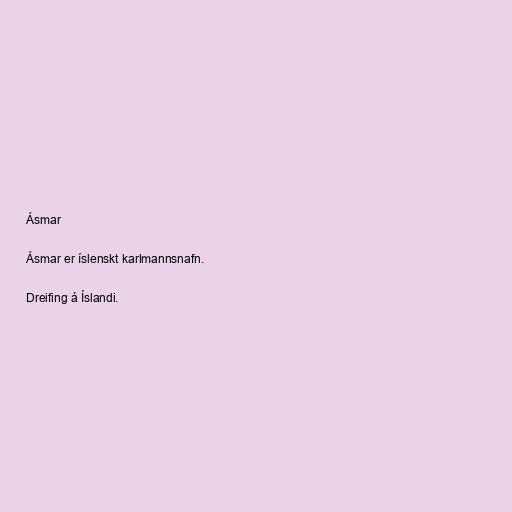
Ásmar

Ásmar er íslenskt karlmannsnafn.

Dreifing á Íslandi.